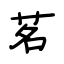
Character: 茗